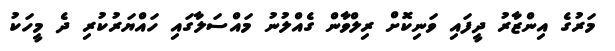
މަރުގެ އިންޒާރު ދީފައި ވަނިކޮށް ރިލްވާން ގެއްލުނު މައްސަލާގައި ހައްޔަރުކުރި ދެ މީހަކު